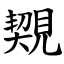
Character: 䚉